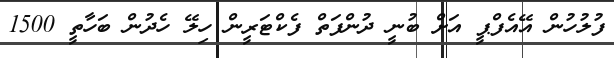
ފުލުހުން އޭއެފްޕީ އަށް ބުނީ ދުންފަތް ފެކްޓަރީން ހިލޭ ހެދުން ބަހާތީ 1500